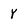
Character: Y